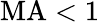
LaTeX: \mathrm{MA}<1